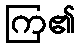
ကြ၏